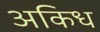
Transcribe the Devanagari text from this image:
अकिध